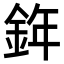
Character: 𨦧